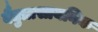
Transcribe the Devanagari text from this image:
वैद्युत्रासायनिक